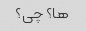
ها؟ چی؟